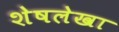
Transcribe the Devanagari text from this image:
शेषलेखा